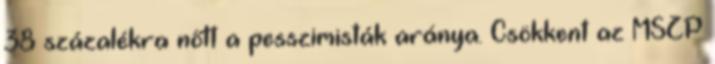
38 százalékra nőtt a pesszimisták aránya. Csökkent az MSZP